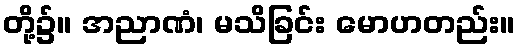
တို့၌။ အညာဏံ၊ မသိခြင်း မောဟတည်း။